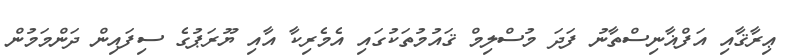
ޢިރާޤާއި އަފްޣާނިސްތާނު ފަދަ މުސްލިމް ޤައުމުތަކުގައި އެމެރިކާ އާއި ޔޫރަޕުގެ ސިފައިން ދަންމަމުން